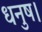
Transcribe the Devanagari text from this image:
धनुष।